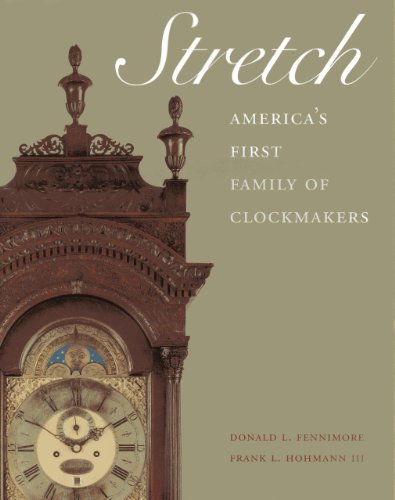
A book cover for Stretch: America's First Family of Clockmakers; Donald L. Fennimore; Crafts, Hobbies & Home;